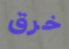
خرق